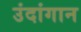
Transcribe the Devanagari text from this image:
उंदांगान